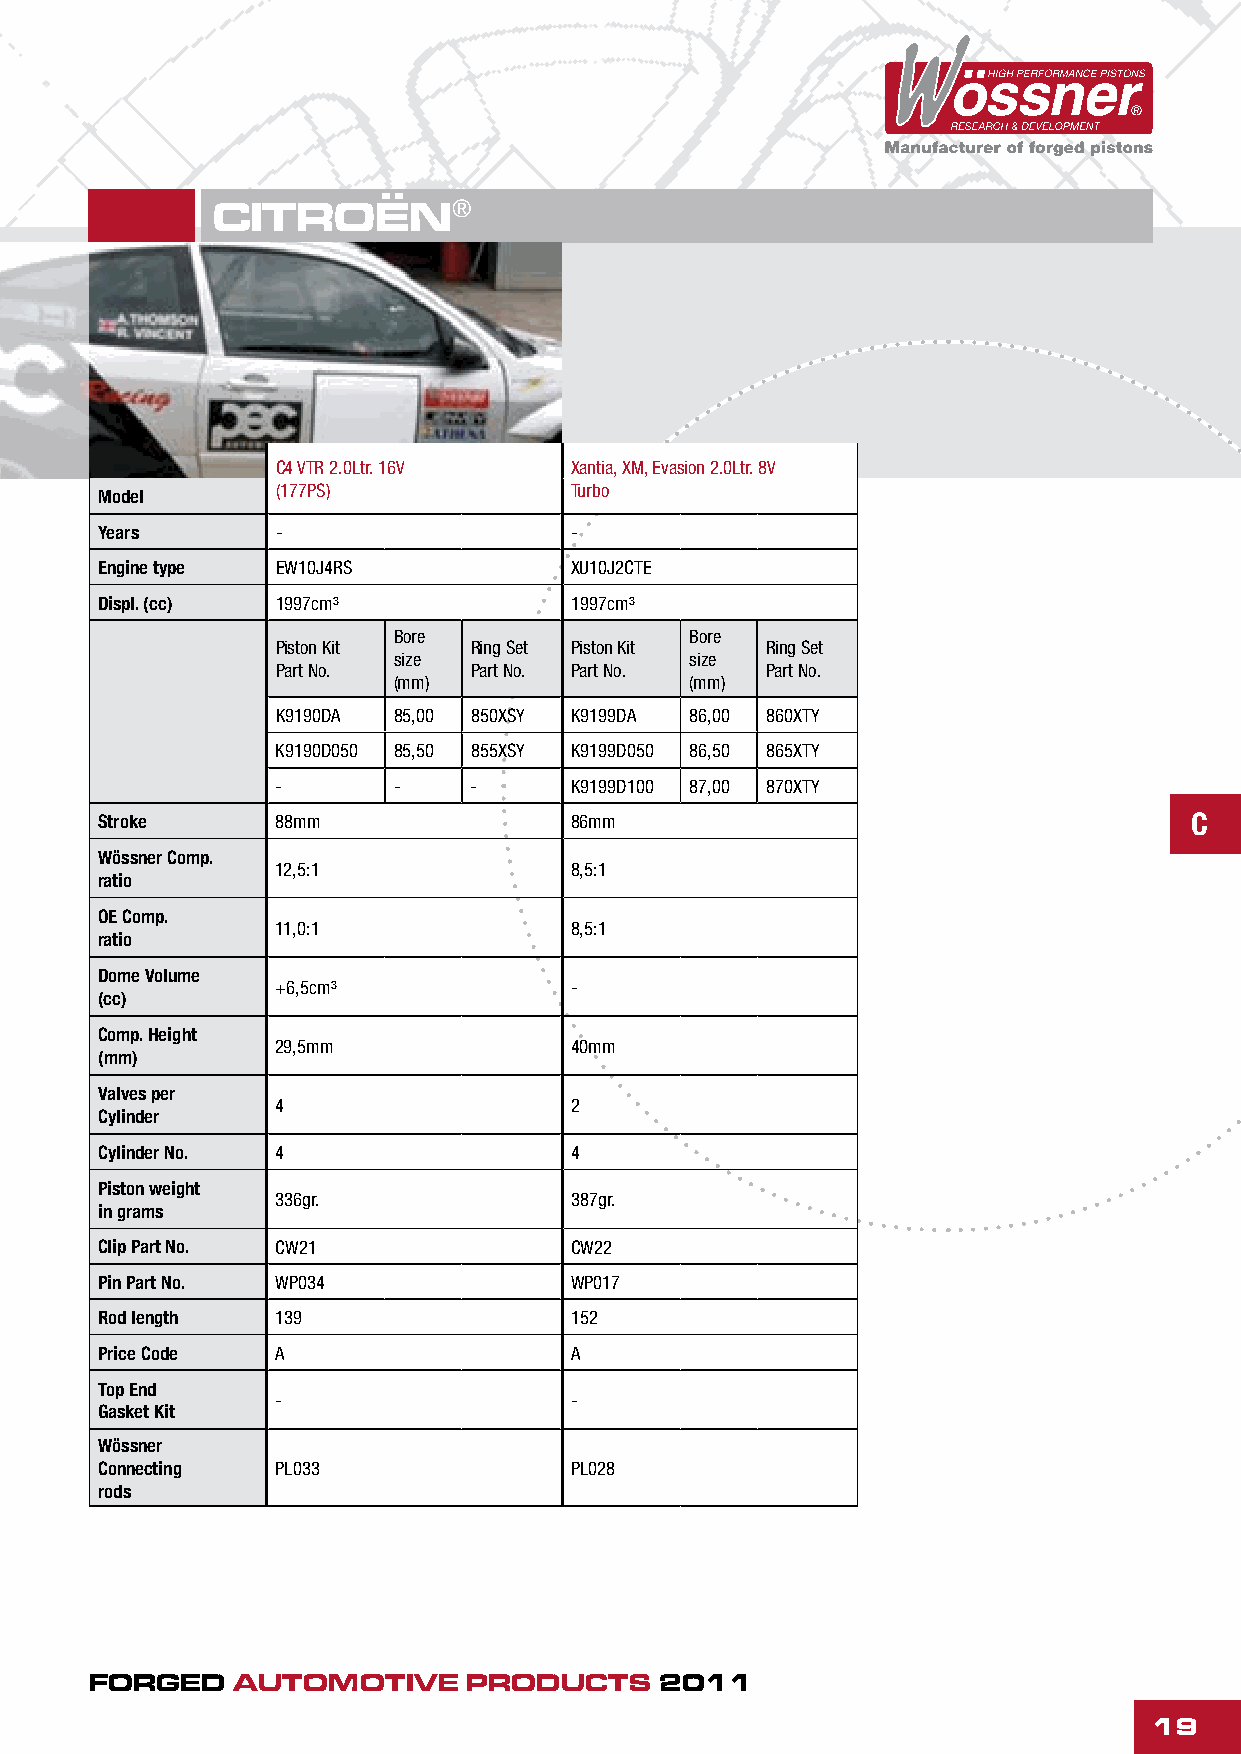
CITROËN®
 C4 VTR 2.0Ltr. 16V  Xantia, XM, Evasion 2.0Ltr. 8V
 (177PS)             Turbo
 Model
 Years      -                   -
 Engine type EW10J4RS           XU10J2CTE
 Displ. (cc) 1997cm³            1997cm³
 Bore                Bore
 Piston Kit   Ring Set Piston Kit Ring Set
 size                size
 Part No.     Part No. Part No.   Part No.
 (mm)                (mm)
 K9190DA 85,00 850XSY K9199DA 86,00 860XTY
 K9190D050 85,50 855XSY K9199D050 86,50 865XTY
 -       -    -      K9199D100 87,00 870XTY
 Stroke      88mm                86mm                                     C
 Wössner Comp.
 12,5:1              8,5:1
 ratio
 OE Comp.
 11,0:1              8,5:1
 ratio
 Dome Volume
 +6,5cm³             -
 (cc)
 Comp. Height
 29,5mm              40mm
 (mm)
 Valves per
 4                   2
 Cylinder
 Cylinder No. 4                  4
 Piston weight
 336gr.              387gr.
 in grams
 Clip Part No. CW21              CW22
 Pin Part No. WP034              WP017
 Rod length  139                 152
 Price Code  A                   A
 Top End
 -                   -
 Gasket Kit
 Wössner
 Connecting  PL033               PL028
 rods
 FORGED   AUTOMOTIVE      PRODUCTS     2011
 19